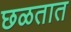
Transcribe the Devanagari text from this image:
छळतात